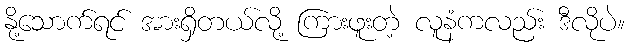
နို့သောက်ရင် အားရှိတယ်လို့ ကြားဖူးတဲ့ လူနံကလည်း ဒီလိုပဲ။